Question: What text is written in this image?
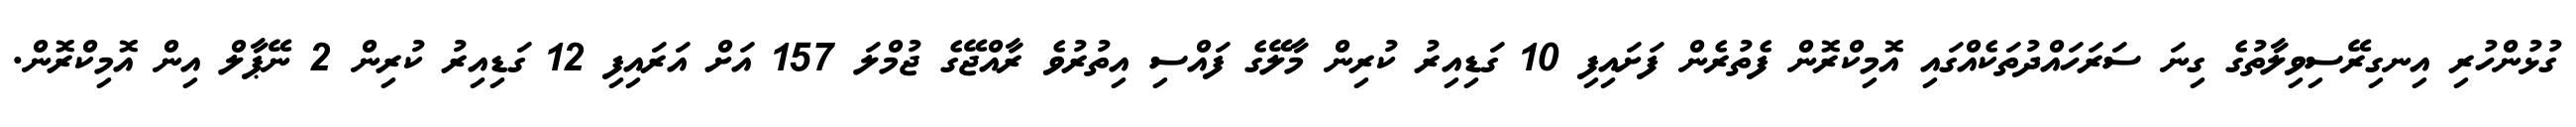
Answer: ގުޅުންހުރި އިނގިރޭސިވިލާތުގެ ގިނަ ސަރަހައްދުތަކެއްގައި އޮމިކްރޮން ފެތުރެން ފަށައިފި 10 ގަޑިއިރު ކުރިން މާލޭގެ ފައްސި އިތުރުވެ ރާއްޖޭގެ ޖުމްލަ 157 އަށް އަރައިފި 12 ގަޑިއިރު ކުރިން 2 ނޭޕާލް އިން އޮމިކްރޮން.